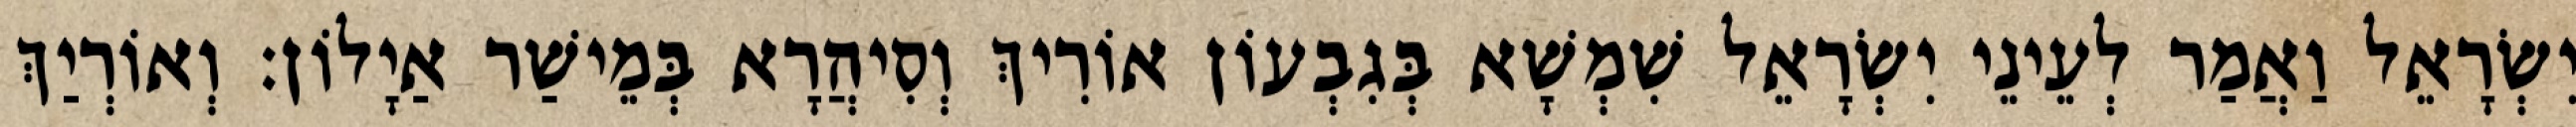
יִשְׂרָאֵל וַאֲמַר לְעֵינֵי יִשְׂרָאֵל שִׁמְשָׁא בְּגִבְעוֹן אוֹרִיךְ וְסִיהֲרָא בְּמֵישַׁר אַיָלוֹן׃ וְאוֹרְיַךְ